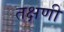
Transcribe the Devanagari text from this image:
तक्षणी